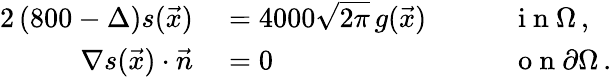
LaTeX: \begin{array}{rlrl}{{2}\left(800-\Delta\right)s(\vec{x})}&{{}=4000\sqrt{2\pi}\, g(\vec{x})\quad}&{}&{{}\mathrm{~i~n~}\Omega\, ,}\\ {\nabla s(\vec{x})\cdot\vec{n}}&{{}=0\quad}&{}&{{}\mathrm{~o~n~}\partial\Omega\, .}\end{array}